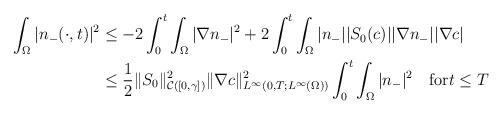
LaTeX: \begin{align*}\begin{aligned}\int_{\Omega}|n_{-}(\cdot,t)|^{2} &\le -2\int_{0}^{t}\int_{\Omega}|\nabla n_{-}|^{2}+2 \int_{0}^{t}\int_{\Omega}|n_{-}||S_{0}(c)||\nabla n_{-}||\nabla c|\\&\le\frac{1}{2}\|S_{0}\|_{\mathcal{C}([0,\gamma])}^{2}\|\nabla c\|_{L^{\infty}(0,T;L^{\infty}(\Omega))}^{2}\int_{0}^{t}\int_{\Omega}|n_{-}|^{2} \quad\mbox{for}t\le T \end{aligned}\end{align*}